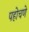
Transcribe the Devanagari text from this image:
पहोचणे